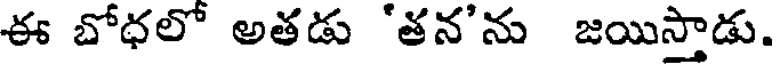
ఈ బోధలో అతడు 'తన'ను జయిస్తాడు.